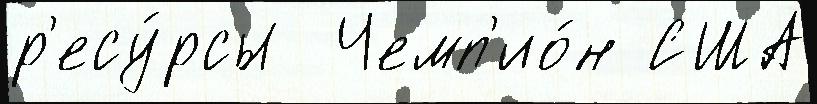
р'есу́рсы  Чемп'ио́н США